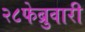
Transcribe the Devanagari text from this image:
२८फेब्रुवारी